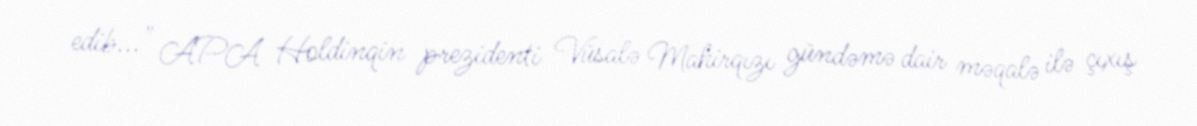
edib..." APA Holdinqin prezidenti Vüsalə Mahirqızı gündəmə dair məqalə ilə çıxış